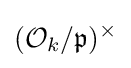
({\mathcal {O}}_{k}/{\mathfrak {p}})^{\times }